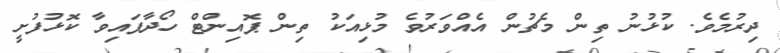
ދިރުމެވެ. ކުޅުނު ތިން މެޗުން އެއްވަރުވެ މުޅިއަކު ތިން ޕޮއިންޓް ހޯދާފައިވާ ކޮޅުފުށީ